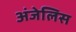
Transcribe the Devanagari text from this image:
अंजेलिस